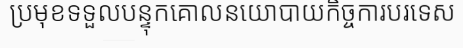
ប្រមុខទទួលបន្ទុកគោលនយោបាយកិច្ចការបរទេស